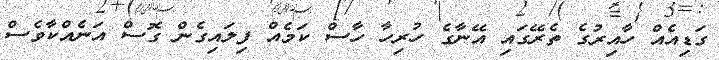
ގަޑިއެއް ހާއިރުގެ ތެރޭގައި އޭނާގެ ހުރިހާ ހާސް ކަމެއް ފިލައިގެން ގޮސް އަނެއްކާވެސް